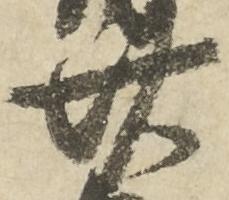
廿